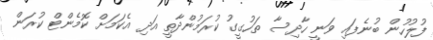
ފުލުހުން ބުނެފައި ވަނީ ހާދިސާ ތަހުގީގު ކުރަމުންދާތީ އަދި އެކަމަށް ކޮމެންޓް ކުރަން